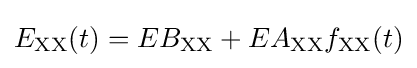
E_{\mathrm {XX} }(t)=EB_{\mathrm {XX} }+EA_{\mathrm {XX} }f_{\mathrm {XX} }(t)